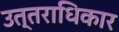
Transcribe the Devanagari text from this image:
उत्तराधिकार